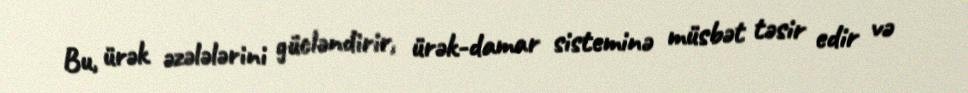
Bu, ürək əzələlərini gücləndirir, ürək-damar sisteminə müsbət təsir edir və